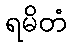
ရမိတံ